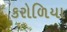
કરોળિયા